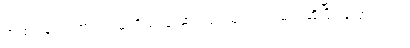
အထင်သေးတယ်၊ သူ့ကိုယ်သူ ဆင်ခြင်သုံးသပ်ရမယ်ဆိုပြီး ပြောတယ်။